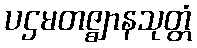
ပဌမတဇ္ဈာနသုတ္တံ